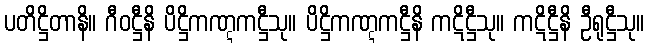
ပတိဋ္ဌိတာနိ။ ဂီဝဋ္ဌီနိ ပိဋ္ဌိကဏ္ဋကဋ္ဌီသု။ ပိဋ္ဌိကဏ္ဋကဋ္ဌီနိ ကဋိဋ္ဌီသု။ ကဋိဋ္ဌီနိ ဦရုဋ္ဌီသု။